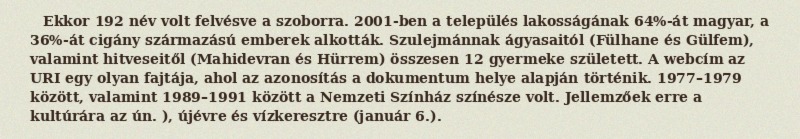
Ekkor 192 név volt felvésve a szoborra. 2001-ben a település lakosságának 64%-át magyar, a 36%-át cigány származású emberek alkották. Szulejmánnak ágyasaitól (Fülhane és Gülfem), valamint hitveseitől (Mahidevran és Hürrem) összesen 12 gyermeke született. A webcím az URI egy olyan fajtája, ahol az azonosítás a dokumentum helye alapján történik. 1977–1979 között, valamint 1989–1991 között a Nemzeti Színház színésze volt. Jellemzőek erre a kultúrára az ún. ), újévre és vízkeresztre (január 6.).